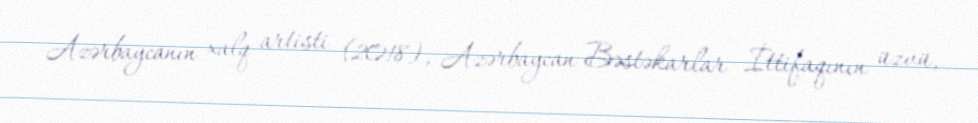
Azərbaycanın xalq artisti (2018), Azərbaycan Bəstəkarlar İttifaqının üzvü,